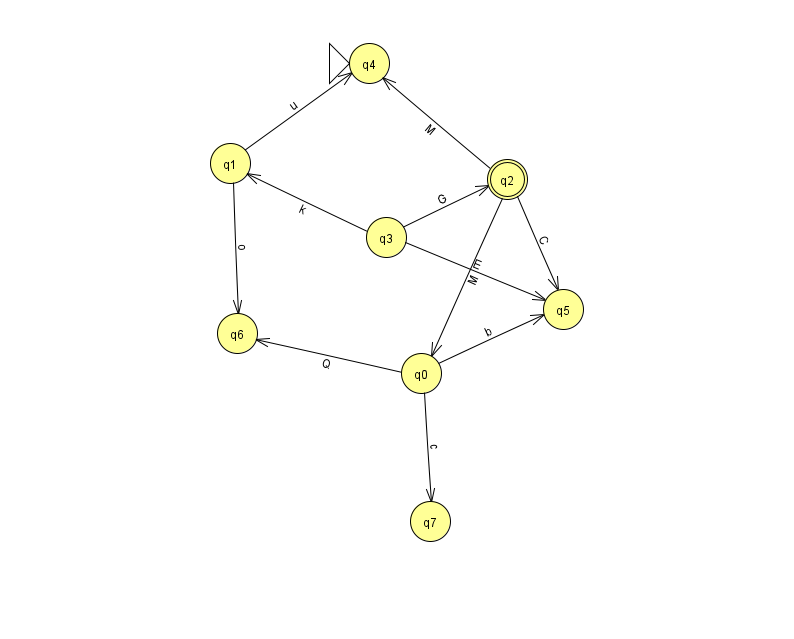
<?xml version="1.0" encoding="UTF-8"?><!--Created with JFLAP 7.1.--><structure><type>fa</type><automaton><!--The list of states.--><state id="0" name="q0"><x>421.0</x><y>360.0</y></state><state id="1" name="q1"><x>230.0</x><y>150.0</y></state><state id="2" name="q2"><x>507.0</x><y>166.0</y><final/></state><state id="3" name="q3"><x>386.0</x><y>224.0</y></state><state id="4" name="q4"><x>369.0</x><y>50.0</y><initial/></state><state id="5" name="q5"><x>563.0</x><y>296.0</y></state><state id="6" name="q6"><x>237.0</x><y>320.0</y></state><state id="7" name="q7"><x>430.0</x><y>508.0</y></state><!--The list of transitions.--><transition><from>3</from><to>2</to><read>G</read></transition><transition><from>0</from><to>5</to><read>b</read></transition><transition><from>1</from><to>6</to><read>o</read></transition><transition><from>2</from><to>5</to><read>C</read></transition><transition><from>3</from><to>5</to><read>E</read></transition><transition><from>1</from><to>4</to><read>u</read></transition><transition><from>0</from><to>6</to><read>Q</read></transition><transition><from>0</from><to>7</to><read>c</read></transition><transition><from>2</from><to>4</to><read>M</read></transition><transition><from>2</from><to>0</to><read>M</read></transition><transition><from>3</from><to>1</to><read>k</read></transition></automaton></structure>